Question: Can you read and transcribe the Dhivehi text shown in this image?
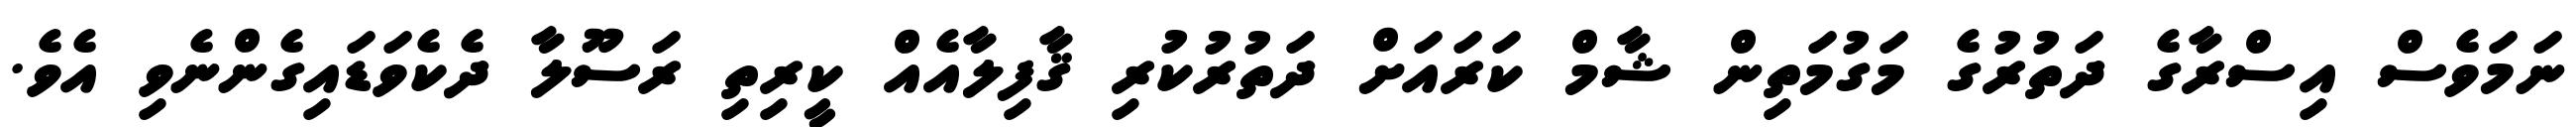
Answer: ނަމަވެސް އިސްރާގެ ދަތުރުގެ މަގުމަތިން ޝާމް ކަރައަށް ދަތުރުކުރި ޤާފިލާއެއް ކީރިތި ރަސޫލާ ދެކެވަޑައިގެންނެވި އެވެ.